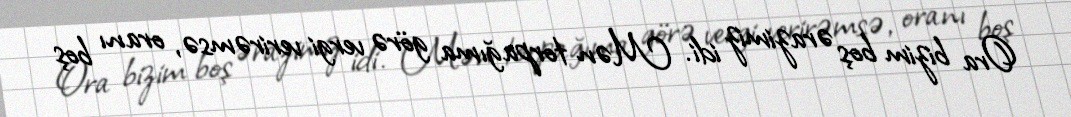
Ora bizim boş ərazimiz idi. Mən torpağıma görə vergi verirəmsə, oranı boş